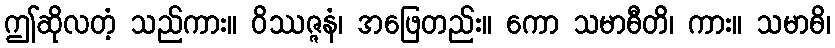
ဤဆိုလတံ့ သည်ကား။ ဝိဿဇ္ဇနံ၊ အဖြေတည်း။ ကော သမာဓီတိ၊ ကား။ သမာဓိ၊